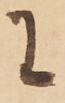
に